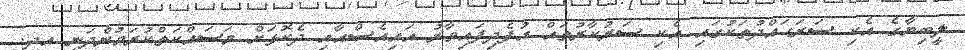
ލީބިޔާގެ އެކި ސަރަޙައްދުތަކުގައި އެކި ސަރުކާރުތައް އުފެދިފައިވާރު އައިއެސްއާއި ދެކޮޅަށް މަސައްކަތްކުރަމުންދަނީ އދ.